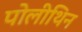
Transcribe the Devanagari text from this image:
पोलीथिन